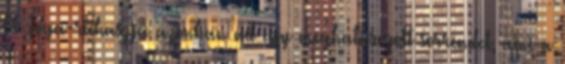
A Jóga-rahaszja azonban ad egy meghatározott sorrendet, ami a